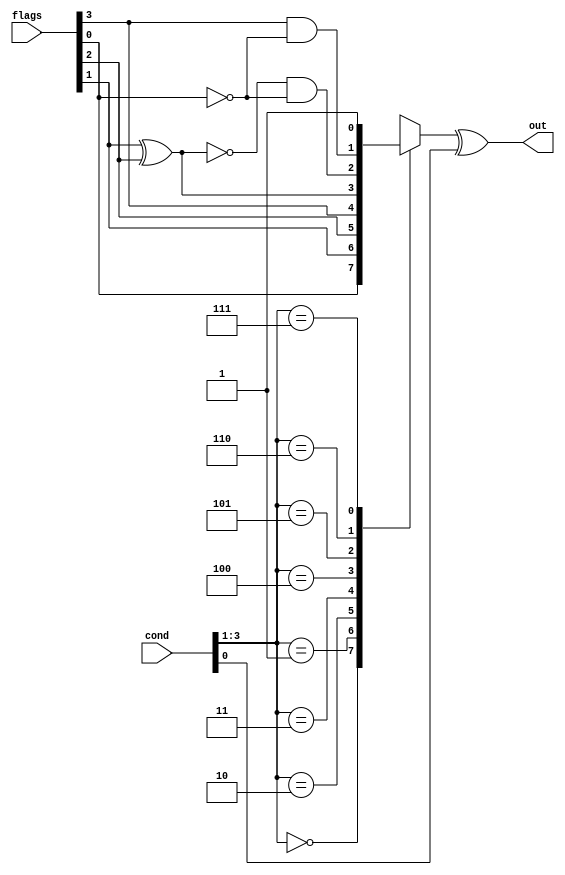
module jc (
	input wire [3:0] cond,
	input wire [3:0] flags,
	output reg out
);

wire c, o, s, z;

assign {c, o, s, z} = flags;

reg tmp;

always @(*) begin
	tmp = 0;
	case (cond[3:1])
		3'b000: tmp = z;
		3'b001: tmp = s;
		3'b010: tmp = o;
		3'b011: tmp = c;
		3'b100: tmp = s ^ o; // L
		3'b101: tmp = !(s ^ o) && !z; // G
		3'b110: tmp = (c && !z); // A
		3'b111: tmp = 1;
	endcase
	out = tmp ^ cond[0];
end

endmodule